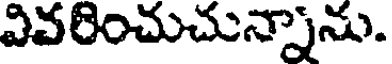
వివరించుచున్నాను.